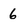
Character: 6